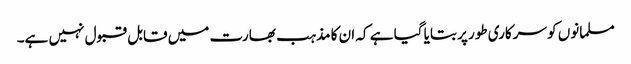
مسلمانوں کو سرکاری طور پر بتایا گیا ہے کہ ان کا مذہب بھارت میں قابل قبول نہیں ہے۔